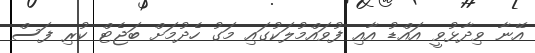
އޭނާ ވިދާޅުވީ އައްޑު އާއި ފުވައްމުލަކުގައި މަގު ހެދުމަށް ބަޖެޓް ކުރި ފަސް